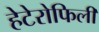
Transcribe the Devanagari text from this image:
हेटेरोफिली